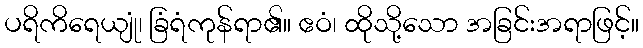
ပရိကိရေယျုံ၊ ခြံရံကုန်ရာ၏။ ဧဝံ၊ ထိုသို့သော အခြင်းအရာဖြင့်။